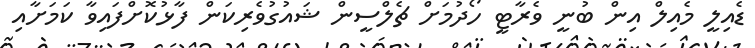
ޑެއިލީ މެއިލް އިން ބުނީ ވެރާޓީ ހޯދުމަށް ޗެލްސީން ޝައުގުވެރިކަން ފާޅުކޮށްފައިވާ ކަމަށާއި